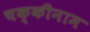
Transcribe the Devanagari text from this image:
चक्कीनाम